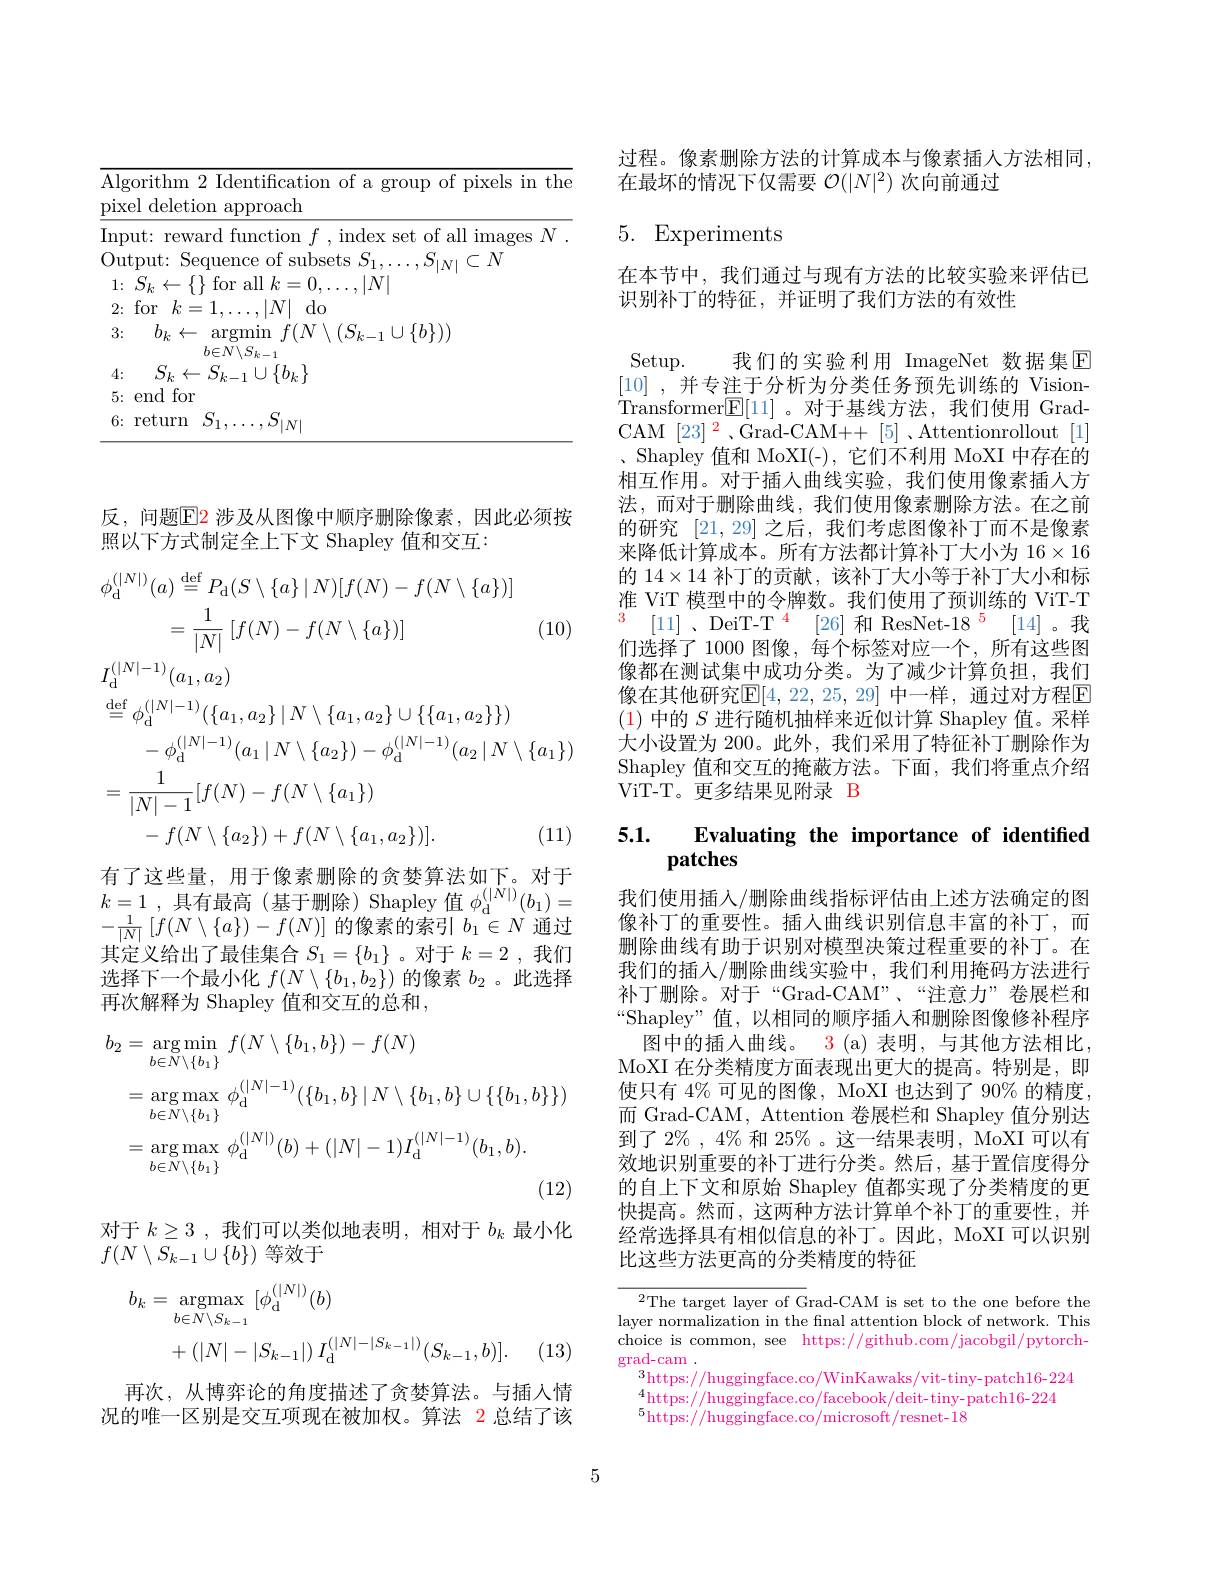
<table>
	<tbody>
		<tr>
			<td>$\mathrm{Al}_{\xi}$ pix</td>
			<td>orithm 2 Identification of a group of pixels in th el deletion approach</td>
		</tr>
		<tr>
			<td>2:</td>
			<td>for$k=1,\ldots,|N|$ $\mathop{\mathrm{d}}_{\mathrm{C}}$</td>
		</tr>
		<tr>
			<td>3:</td>
			<td>$b_{k}\leftarrow$ argmin $f(N\setminus(S_{k-1}\cup\{b\}))$ $h\in N$</td>
		</tr>
		<tr>
			<td>4:</td>
			<td>$S_{l}$ $\cup\{b_{k}\}$ $\leftarrow$ </td>
		</tr>
		<tr>
			<td>5: 1</td>
			<td>end for</td>
		</tr>
		<tr>
			<td>6:</td>
			<td>return $S$ $S_{|N|}$</td>
		</tr>
	</tbody>
</table>

反，问题$\boxed{\mathrm{E}}2$ 涉及从图像中顺序删除像素，因此必须按
照以下方式制定全上下文 Shapley 值和交互：
$$\begin{aligned}&\phi_{\mathrm{d}}^{(|N|)}(a)\stackrel{\mathrm{def}}{=}P_{\mathrm{d}}(S\setminus\{a\}\mid N)[f(N)-f(N\setminus\{a\})]\\&=\frac{1}{|N|}\left[f(N)-f(N\setminus\{a\})\right]&&\text{(10)}\\&I_{\mathrm{d}}^{(|N|-1)}(a_{1},a_{2})\\&\stackrel{\mathrm{def}}{=}\phi_{\mathrm{d}}^{(|N|-1)}(\{a_{1},a_{2}\}\mid N\setminus\{a_{1},a_{2}\}\cup\{\{a_{1},a_{2}\}\})\\&-\phi_{\mathrm{d}}^{(|N|-1)}(a_{1}\mid N\setminus\{a_{2}\})-\phi_{\mathrm{d}}^{(|N|-1)}(a_{2}\mid N\setminus\{a_{1}\})\\&=\frac{1}{|N|-1}[f(N)-f(N\setminus\{a_{1}\})\\&-f(N\setminus\{a_{2}\})+f(N\setminus\{a_{1},a_{2}\})].&&\text{(11)}\end{aligned}$$
有了这些量，用于像素删除的贪婪算法如下。对于$\begin{array}{c}{\text{时 小心三里，}}\\{k=1\:,\:\text{具有最高(基于删除) Shapley值}\:\phi_{\mathrm{d}}^{(|N|)}(b_{1})=}\\{1\:[f(N\setminus\{1\})\: f(N)]\:\text{的伤者的声引}\:L\subset N\text{ 活}+}\end{array}$ $-\frac{1}{|N|}\left[f(N\setminus\{a\})-f(N)\right]$的像素的索引$b_1\in N$通过其定义给出了最佳集合$S_1=\{b_1\}$ 。对于$k=2$ ,我们选择下一个最小化$f(N\setminus\{b_1,b_2\})$的像素$b_2$ 。此选择再次解释为 Shapley 值和交互的总和，

过程。像素删除方法的计算成本与像素插人方法相同，
在最坏的情况下仅需要$\mathcal{O}(|N|^2)$次向前通过

# 5. Experiments

在本节中，我们通过与现有方法的比较实验来评估已
识别补丁的特征，并证明了我们方法的有效性

Setup.
我们的实验利用 ImageNet 数据集$\mathbb{E}$
[10] , ${\text{并 专 注 于 分 析 为 分 类 任 务 预 先 训 练 的 Vision- }}$ Transformer$\underline{\mathrm{E}}[11]$。对于基线方法，我们使用 GradCAM $[23]^2$、Grad-CAM+[5]、Attentionrollout[1] 、Shapley 值和 MoXI(-),它们不利用 MoXI 中存在的相互作用。对于插人曲线实验，我们使用像素插人方法，而对于删除曲线，我们使用像素删除方法。在之前的研究[21,29]之后，我们考虑图像补丁而不是像素来降低计算成本。所有方法都计算补丁大小为$16\times16$ 的$14\times14$补丁的贡献，该补丁大小等于补丁大小和标准 ViT 模型中的令牌数。我们使用了预训练的 ViT-T $^{3}$ [11]、DeiT-T$^{\color{red} {4}}$ [26]和 ResNet-18$^{\color{red} {5}}$ [14]。我们选择了 1000 图像，每个标签对应一个，所有这些图像都在测试集中成功分类。为了减少计算负担，我们像在其他研究$\mathbb{E}[4,22,25,29]$ 中一样，通过对方程E (1)中的$S$进行随机抽样来近似计算 Shapley 值。采样大小设置为 200。此外，我们采用了特征补丁删除作为Shapley 值和交互的掩蔽方法。下面，我们将重点介绍ViT-T。更多结果见附录 B

# 5.1. $\textbf{Evaluating the importance of identified}$ patches

我们使用插入/删除曲线指标评估由上述方法确定的图像补丁的重要性。插人曲线识别信息丰富的补丁，而删除曲线有助于识别对模型决策过程重要的补丁。在我们的插入/删除曲线实验中，我们利用掩码方法进行补丁删除。对于“Grad-CAM”、“注意力”卷展栏和“Shapley”值，以相同的顺序插人和删除图像修补程序
图中的插入曲线。3 (a)表明，与其他方法相比， MoXI 在分类精度方面表现出更大的提高。特别是，即使只有 4% 可见的图像，MoXI 也达到了 90% 的精度， 而 Grad-CAM, Attention 卷展栏和 Shapley 值分别达到了$2\%,4\%$和$25\%$。这一结果表明，MoXI 可以有效地识别重要的补丁进行分类。然后，基于置信度得分的自上下文和原始 Shapley 值都实现了分类精度的更快提高。然而，这两种方法计算单个补丁的重要性，并经常选择具有相似信息的补丁。因此，MoXI 可以识别比这些方法更高的分类精度的特征

$^{2}$The target layer of Grad-CAM is set to the one before the layer normalization in the fnal attention block of network. This choice is common, see https://github.com/jacobgil/pytorchgrad-cam .
$^3$https://huggingface.co/WinKawaks/vit-tiny-patch16-224 $^4$https://huggingface.co/facebook/deit-tiny-patch16-224 $^5$https://huggingface.co/microsoft/resnet-18
$$\begin{aligned}b_{2}&=\arg\min_{b\in N\setminus\{b_{1}\}}\:f(N\setminus\{b_{1},b\})-f(N)\\&=\arg\max_{b\in N\setminus\{b_{1}\}}\:\phi_{\mathrm{d}}^{(|N|-1)}(\{b_{1},b\}\mid N\setminus\{b_{1},b\}\cup\{\{b_{1},b\}\})\\&=\arg\max_{b\in N\setminus\{b_{1}\}}\:\phi_{\mathrm{d}}^{(|N|)}(b)+(|N|-1)I_{\mathrm{d}}^{(|N|-1)}(b_{1},b).\end{aligned}$$
对于$k\geq 3$ ,我们可以类似地表明，相对于$b_k$最小化
$f(N\setminus S_{k-1}\cup\{b\})$等效于
$$\begin{aligned}b_{k}&=\underset{b\in N\setminus S_{k-1}}{\operatorname*{argmax}}\:[\phi_{\mathrm{d}}^{(|N|)}(b)\\&+(|N|-|S_{k-1}|)\:I_{\mathrm{d}}^{(|N|-|S_{k-1}|)}(S_{k-1},b)].\end{aligned}$$
. (13)

再次，从博弈论的角度描述了贪婪算法。与插入情况的唯一区别是交互项现在被加权。算法 2 总结了该

5